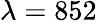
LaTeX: \lambda=852